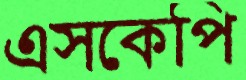
এসকেপি